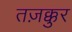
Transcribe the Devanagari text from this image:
तज़क्कुर